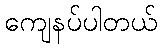
ကျေနပ်ပါတယ်